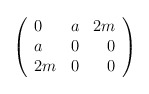
\begin{align*}\left( \begin{array}{lcr}0 & a & 2m \\ a & 0 & 0 \\ 2m & 0 & 0 \end{array}\right)\end{align*}